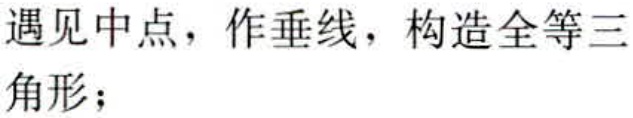
遇见中点，作垂线，构造全等三角形；